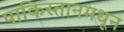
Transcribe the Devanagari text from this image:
पाकिस्तानमधून